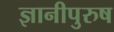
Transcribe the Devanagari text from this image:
ज्ञानीपुरुष